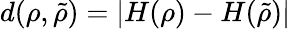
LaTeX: d(\rho,\tilde{\rho})=|H(\rho)-H(\tilde{\rho})|